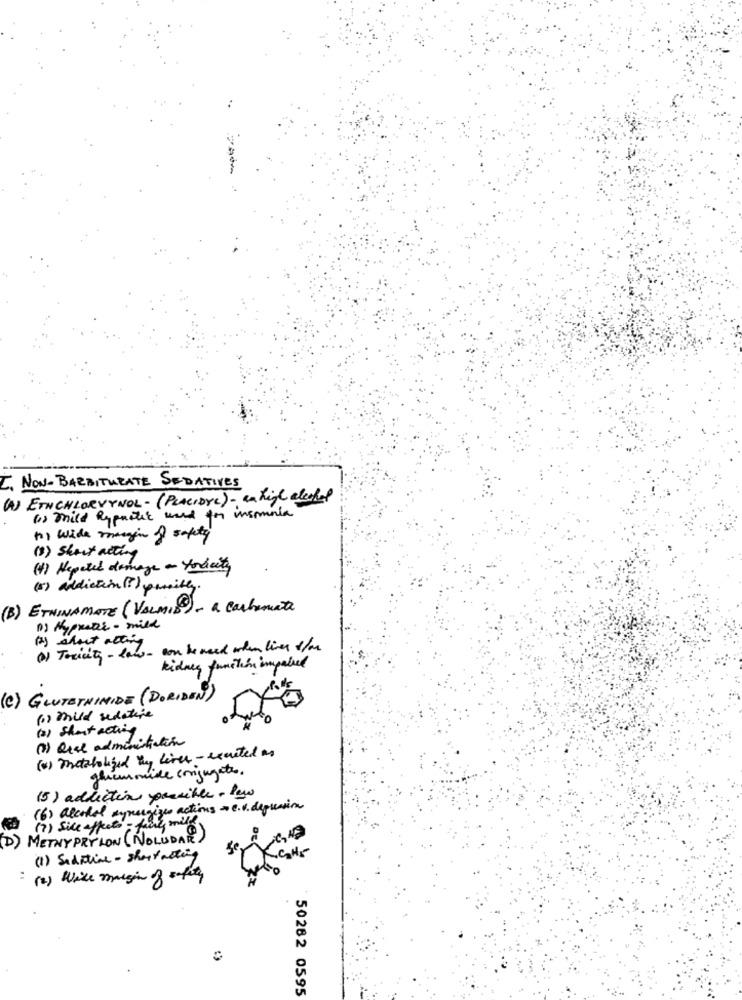
C. NON-BARBITURATE SEDATIVES
(W) EINCHLORVYNOL -(PLACIDYL) - a high alcohol
6) mild Rypustit used for insomnia
() wide margin of safety
(3) Skort acting
(1) Hepated domage - Yorkcity
(5) addiction (? ) possibly.
(B) ETNINAMATE (VALMID) - & Cashemate
1) Hyprater - mill
() short altin
(a) Toxicity - low - con be need when liver slan
kidney function impaired
(C) GLUTENINIDE (DORIDEN)
(> mhild sedative
(3) Short acting
(1) Qual administration
(4) metabolized By lives - excited as
ghiemmie conjugates.
(5) addiction possible- law
(6) alcohol synergies actions - e.v. depression
(7) Side affects - five miles
(D)
METHY PRY NON (NOLUDAR)
ser
(1) Sedative - shortacting
: (2) While margin of safety
50282 0595